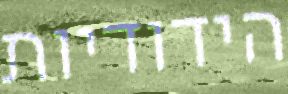
הידודיות